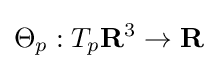
\Theta _{p}:T_{p}\mathbf {R} ^{3}\to \mathbf {R}